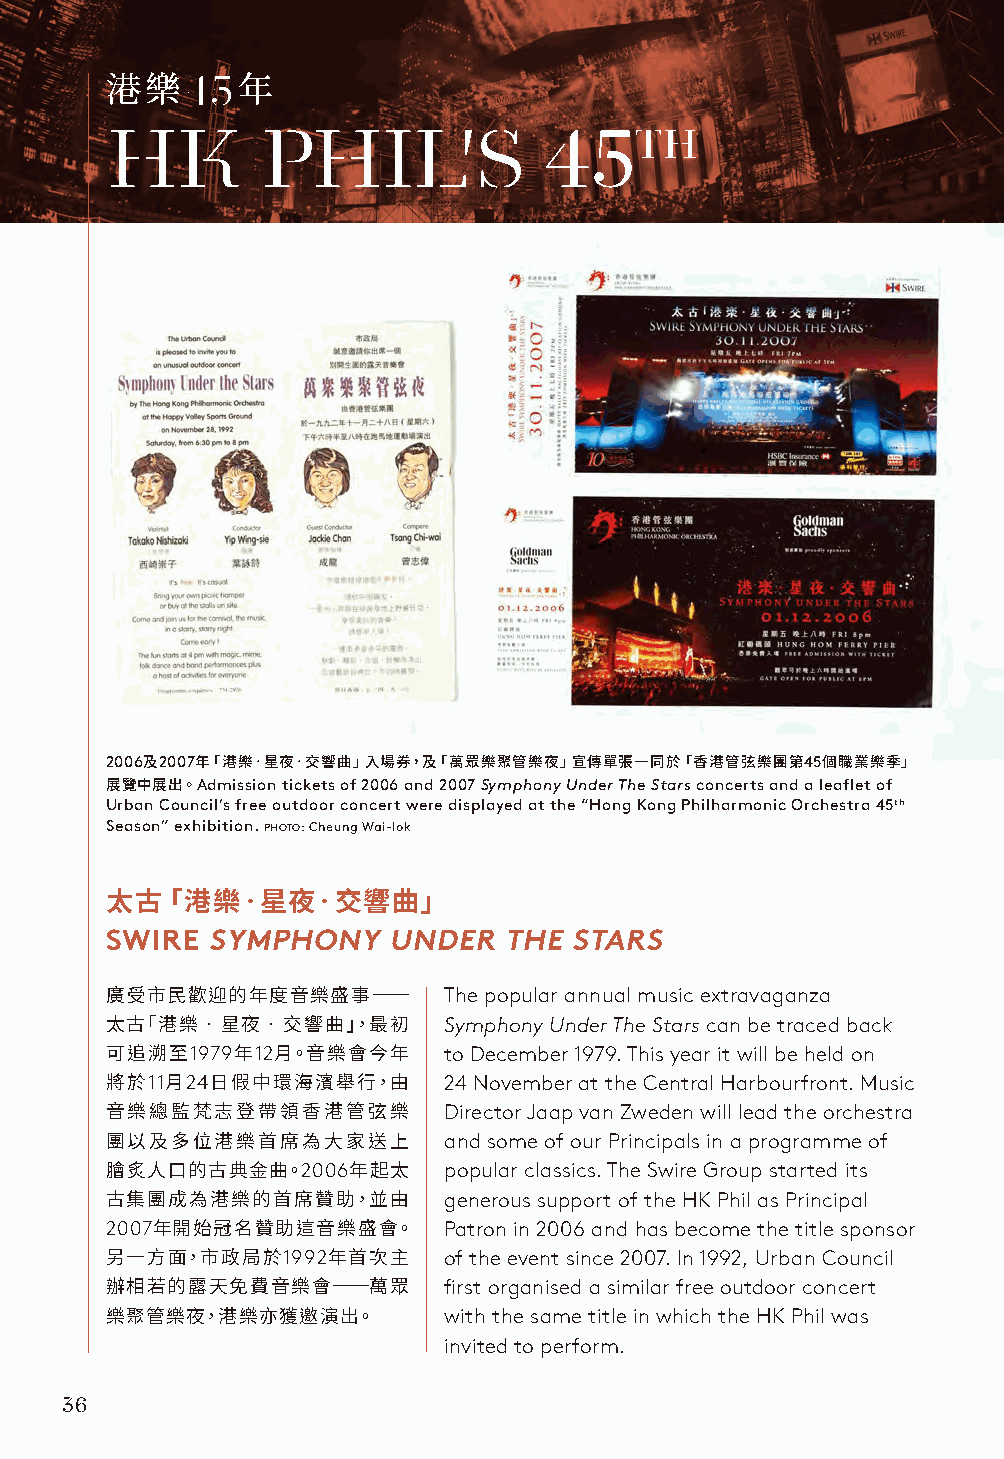
港樂       年
 2006 2007                                     45
 及   年「港樂‧星夜‧交響曲」入場券，及「萬眾樂聚管樂夜」宣傳單張一同於「香港管弦樂團第 個職業樂季」
 Admission tickets of 2006 and 2007 Symphony Under The Stars concerts and a leaflet of
 展覽中展出。
 Urban Council’s free outdoor concert were displayed at the “Hong Kong Philharmonic Orchestra 45th
 Season” exhibition. PHOTO: Cheung Wai-lok
 太古「港樂‧星夜‧交響曲」
 SWIRE  SYMPHONY    UNDER  THE  STARS
 The popular annual music extravaganza
 廣受市民歡迎的年度音樂盛事──
 Symphony Under The Stars can be traced back
 太古「港樂‧星夜‧交響曲」，最初
 1979 12         to December 1979. This year it will be held on
 可追溯至    年  月。音樂會今年
 11 24              24 November at the Central Harbourfront. Music
 將於  月  日假中環海濱舉行，由
 Director Jaap van Zweden will lead the orchestra
 音樂總監梵志登帶領香港管弦樂
 and some of our Principals in a programme of
 團以及多位港樂首席為大家送上
 2006     popular classics. The Swire Group started its
 膾炙人口的古典金曲。      年起太
 generous support of the HK Phil as Principal
 古集團成為港樂的首席贊助，並由
 2007                  Patron in 2006 and has become the title sponsor
 年開始冠名贊助這音樂盛會。
 1992      of the event since 2007. In 1992, Urban Council
 另一方面，市政局於      年首次主
 first organised a similar free outdoor concert
 辦相若的露天免費音樂會──萬眾
 with the same title in which the HK Phil was
 樂聚管樂夜，港樂亦獲邀演出。
 invited to perform.
 36